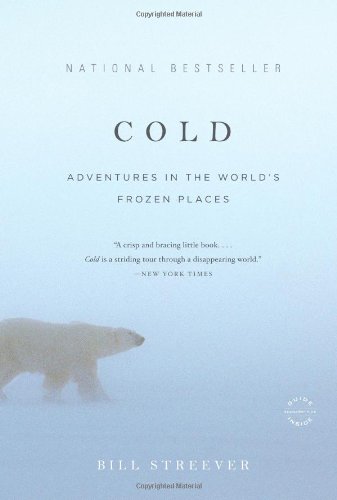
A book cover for Cold: Adventures in the World's Frozen Places; Bill Streever; Science & Math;